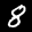
Label: 8